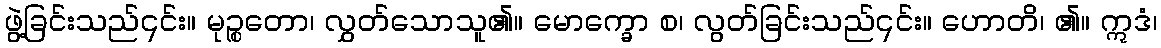
ဖွဲ့ခြင်းသည်၎င်း။ မုဉ္စတော၊ လွှတ်သောသူ၏။ မောက္ခော စ၊ လွတ်ခြင်းသည်၎င်း။ ဟောတိ၊ ၏။ ဣဒံ၊